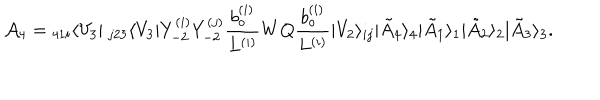
LaTeX: { \cal A } _ { 4 } = { } _ { 4 1 i } \langle V _ { 3 } | ~ _ { j 2 3 } \langle V _ { 3 } | Y _ { - 2 } ^ { ( i ) } Y _ { - 2 } ^ { ( j ) } \frac { b _ { o } ^ { ( i ) } } { L ^ { ( i ) } } W Q \frac { b _ { o } ^ { ( i ) } } { L ^ { ( i ) } } | V _ { 2 } \rangle _ { i j } | \tilde { A } _ { 4 } \rangle _ { 4 } | \tilde { A } _ { 1 } \rangle _ { 1 } | \tilde { A } _ { 2 } \rangle _ { 2 } | \tilde { A } _ { 3 } \rangle _ { 3 } .